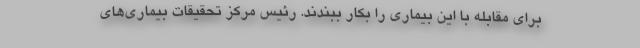
برای مقابله با این بیماری را بکار ببندند. رئیس مرکز تحقیقات بیماری‌های